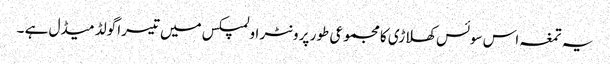
یہ تمغہ اس سوئس کھلاڑی کا مجموعی طور پر ونٹر اولمپکس میں تیسرا گولڈ میڈل ہے ۔